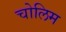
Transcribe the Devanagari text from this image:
चोलिम